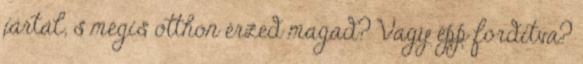
jártál, s mégis otthon érzed magad? Vagy épp fordítva?